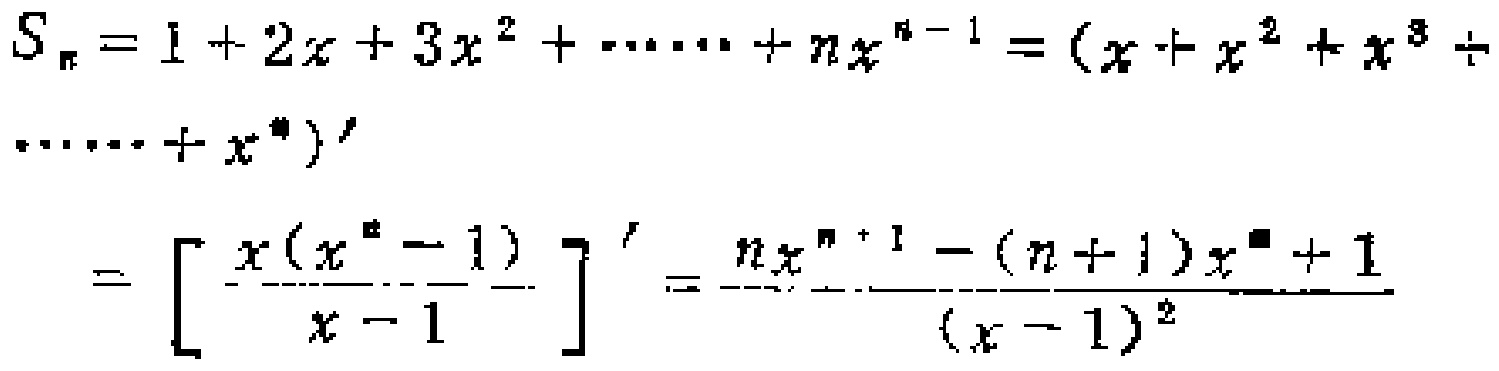
\[

\begin{align*}

S_{n}&=1 + 2x + 3x^{2}+\cdots\cdots+nx^{n - 1}=(x + x^{2}+x^{3}+\cdots\cdots+x^{n})'\\

&=\left[\frac{x(x^{n}-1)}{x - 1}\right]'=\frac{nx^{n + 1}-(n + 1)x^{n}+1}{(x - 1)^{2}}

\end{align*}

\]